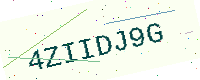
Text: 4ZIIDJ9G